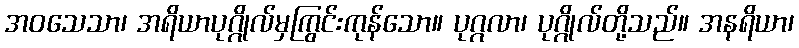
အဝသေသာ၊ အရိယာပုဂ္ဂိုလ်မှကြွင်းကုန်သော။ ပုဂ္ဂလာ၊ ပုဂ္ဂိုလ်တို့သည်။ အနရိယာ၊